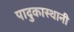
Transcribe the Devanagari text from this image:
पादुकास्थानी